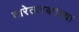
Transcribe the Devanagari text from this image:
तारेतारकांच्या